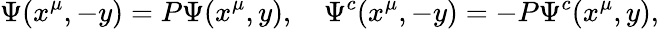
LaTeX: \Psi(x^{\mu},-y)=P\Psi(x^{\mu},y),\quad\Psi^{c}(x^{\mu},-y)=-P\Psi^{c}(x^{\mu},y),